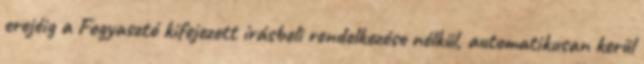
erejéig a Fogyasztó kifejezett írásbeli rendelkezése nélkül, automatikusan kerül